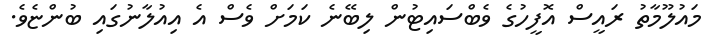
މައުލޫމާތު ރައީސް އޮފީހުގެ ވެބްސައިޓުން ލިބޭނެ ކަމަށް ވެސް އެ އިއުލާނުގައި ބުންޏެވެ.